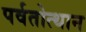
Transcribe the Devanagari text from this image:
पर्वतोत्‍थान